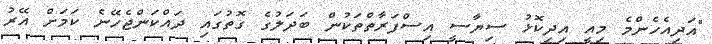
"އަދިއެހެންމެ މިއީ އިދިކޮޅު ސިޔާސީ އިސްފަރާތްތަކުން ބަދަލުގެ ގޮތުގައި ދައްކަންޖެހޭނެ ކަމަށް އޭރު